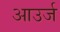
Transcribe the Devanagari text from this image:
आउर्ज